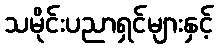
သမိုင်းပညာရှင်များနှင့်